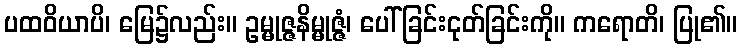
ပထဝိယာပိ၊ မြေ၌လည်း။ ဥမ္မုဇ္ဇနိမ္မုဇ္ဇံ၊ ပေါ်ခြင်းငုတ်ခြင်းကို။ ကရောတိ၊ ပြု၏။